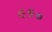
૯૬૦